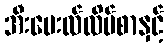
အီးမေးလ်လိပ်စာနှင့်